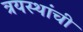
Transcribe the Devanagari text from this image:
त्रयस्थांची